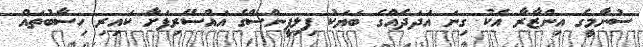
ސުނާމީގެ އިންޒާރާ އެކު ގިނަ އަދަދެއްގެ ބަޔަކު ފިލިޕީންސްގެ އައްސޭރިފަށާ ކައިރި ހިސާބުތައް